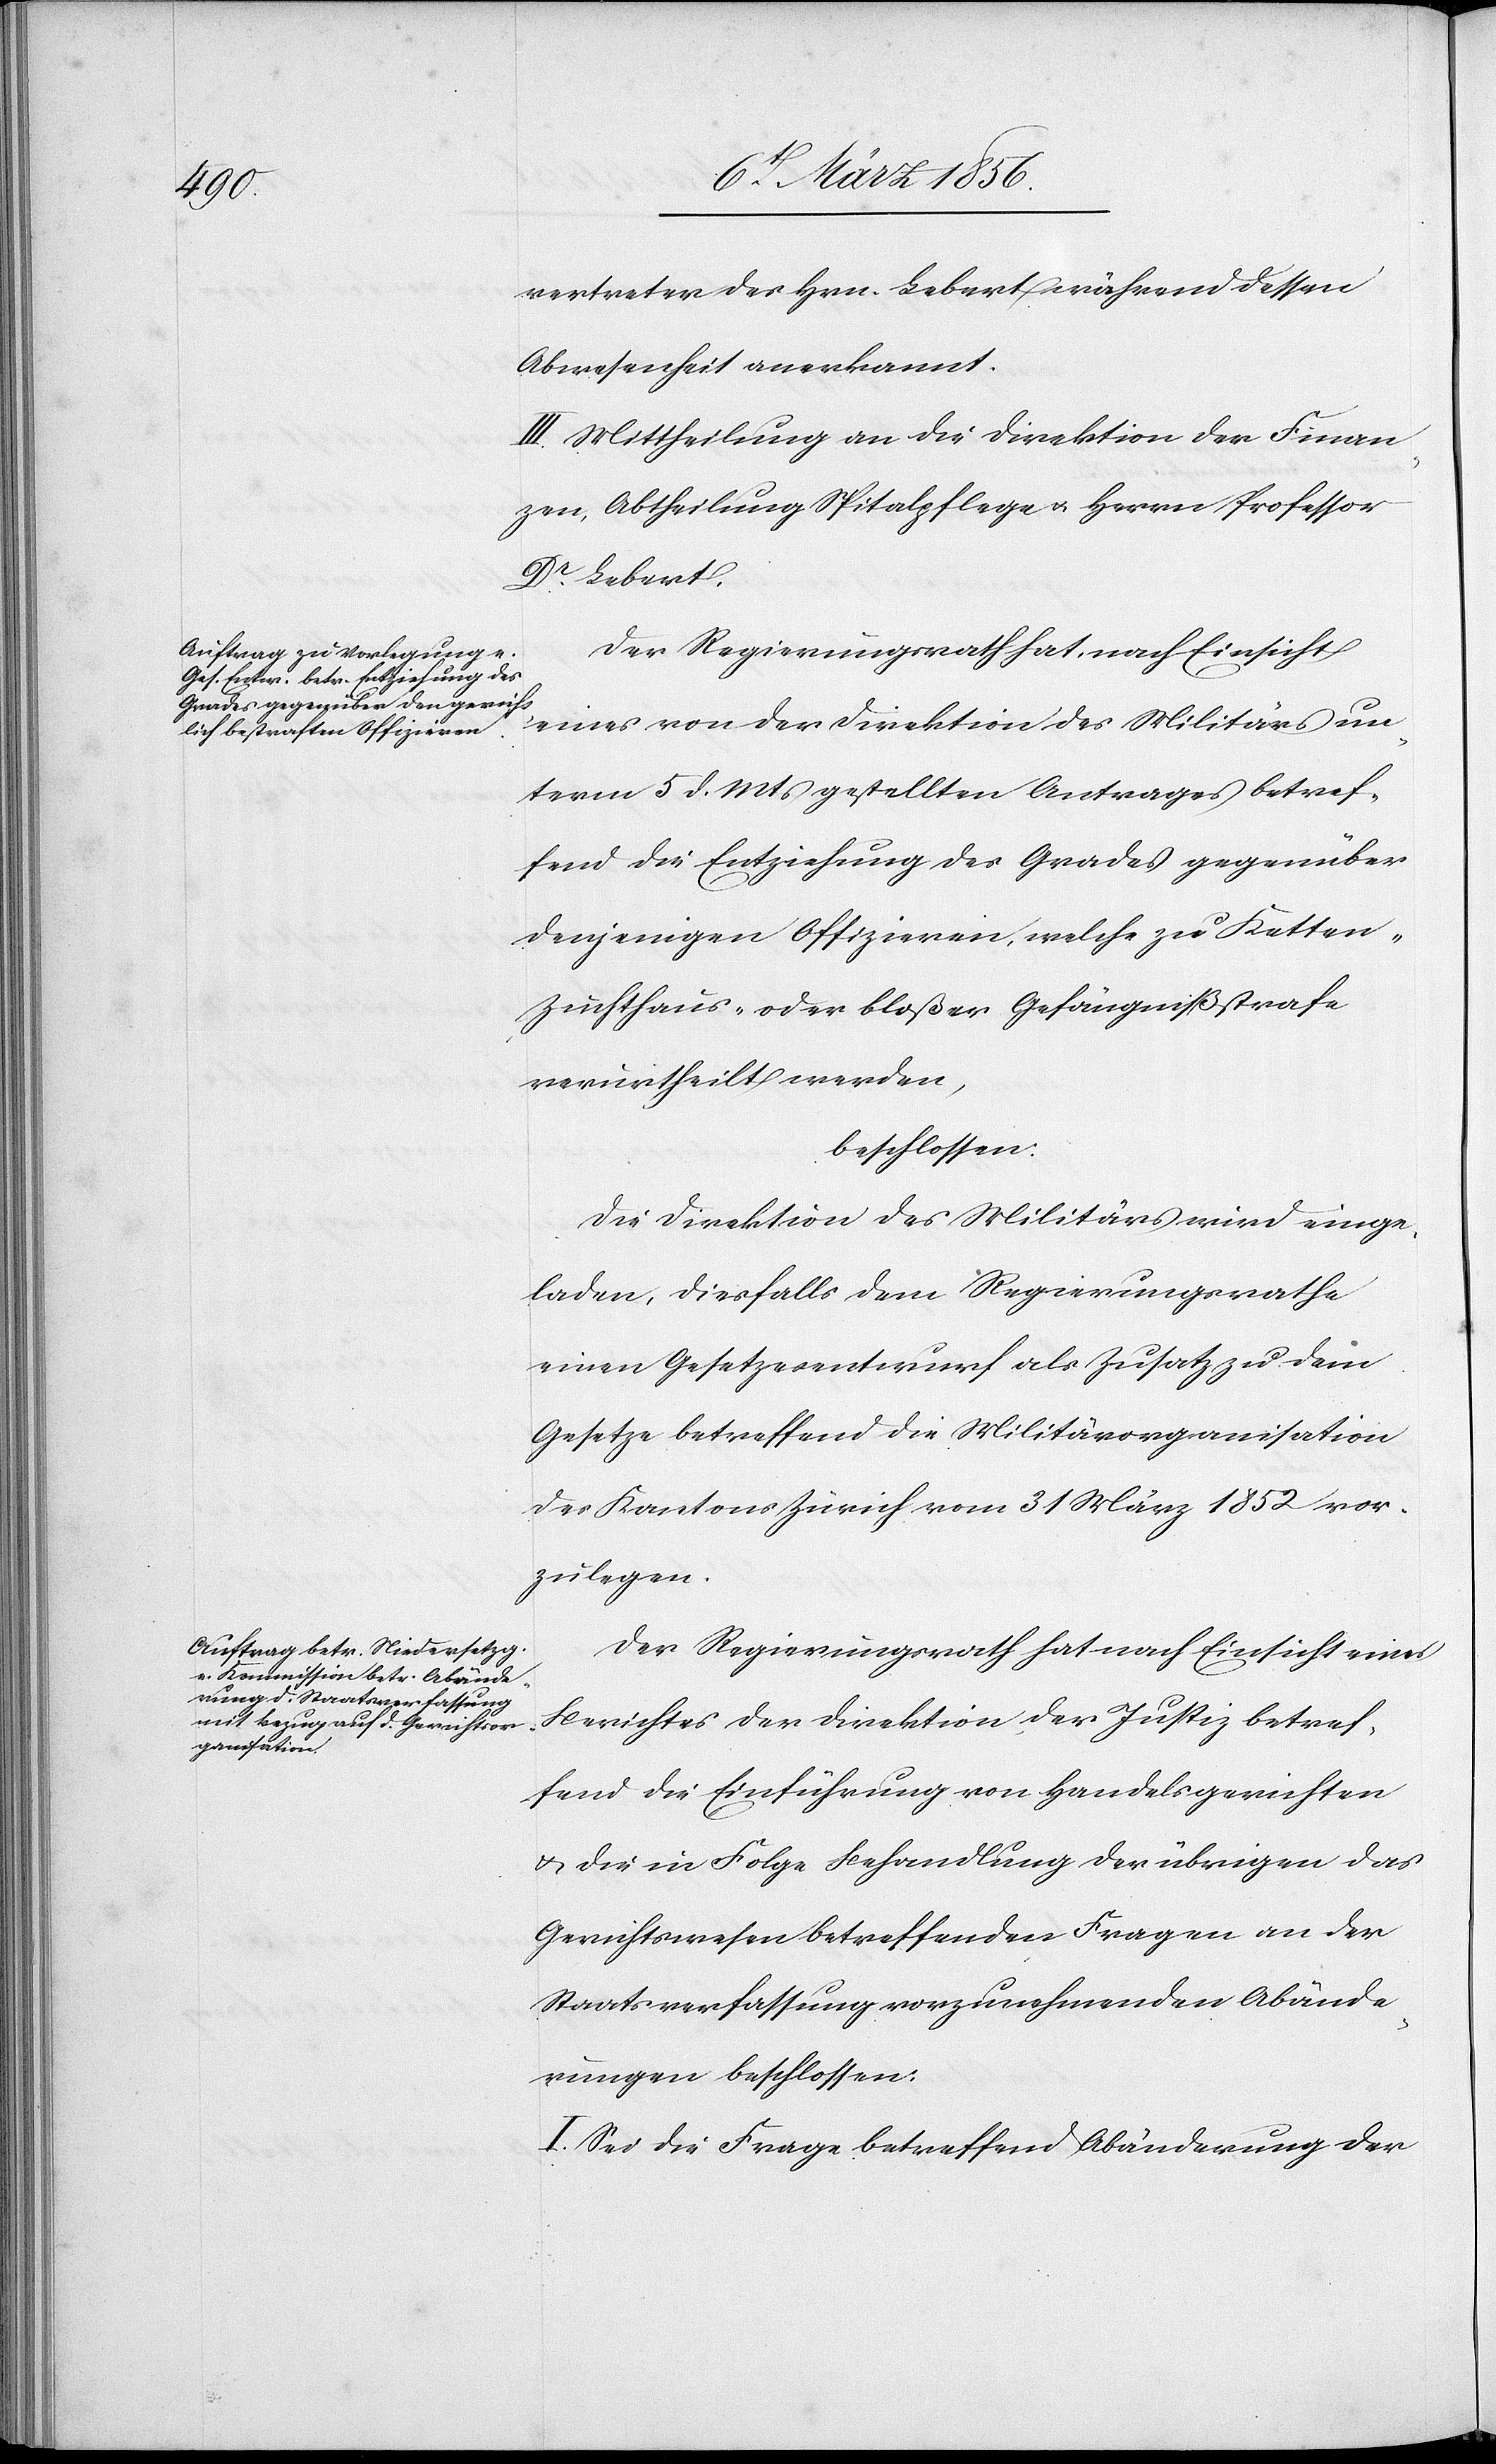
vertreter des Hrn. Lebert während dessen
Abwesenheit anerkannt.
III. Mittheilung an die Direktion der Finan¬
zen, Abtheilung Spitalpflege u. Herrn Professor
Dr Lebert.
Der Regierungsrath hat, nach Einsicht
eines von der Direktion des Militärs un¬
term 5 d. Mts gestellten Antrages betref¬
fend die Entziehung des Grades gegenüber
denjenigen Offizieren, welche zu Ketten-[,]
Zuchthaus- oder bloßer Gefängnißstrafe
verurtheilt werden,
beschlossen:
Die Direktion des Militärs wird einge¬
laden, diesfalls dem Regierungsrathe
einen Gesetzesentwurf als Zusatz zu dem
Gesetz betreffend die Militärorganisation
des Kantons Zürich vom 31 März 1852 vor¬
zulegen.
Der Regierungsrath hat nach Einsicht eines
Berichtes der Direktion der Justiz betref¬
fend die Einführung von Handelsgerichten
u. die in Folge Behandlung der übrigen das
Gerichtswesen betreffenden Fragen an der
Staatsverfassung vorzunehmenden Abände¬
rungen beschlossen:
I. Sei die Frage betreffend Abänderung der